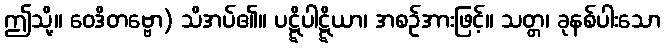
ဤသို့။ ဝေဒိတဗ္ဗော) သိအပ်၏။ ပဋ္ဋိပါဋ္ဋိယာ၊ အစဉ်အားဖြင့်။ သတ္တ၊ ခုနစ်ပါးသော